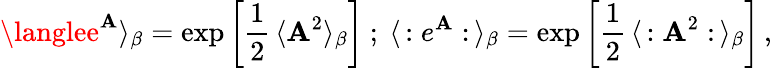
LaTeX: \langlee^{\mathbf{A}}\rangle_{\beta}=\exp\left[\frac{{1}}{{2}}\, \langle\mathbf{A}^{2}\rangle_{\beta}\right]\ ;\ \langle\, :e^{\mathbf{A}}:\, \rangle_{\beta}=\exp\left[\frac{{1}}{{2}}\, \langle\, :\mathbf{A}^{2}:\, \rangle_{\beta}\right]\, ,